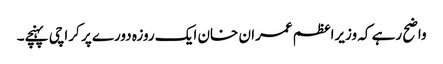
واضح رہے کہ وزیراعظم عمران خان ایک روزہ دورے پر کراچی پہنچے۔